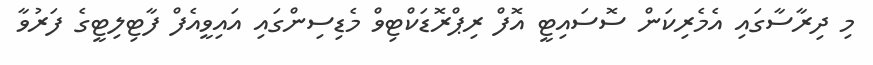
މި ދިރާސާގައި އެމެރިކަން ސޮސައިޓީ އޮފް ރިޕްރޮޑަކްޓިވް މެޑިސިންގައި އައިވީއެފް ފާޓިލިޓީގެ ފަރުވާ